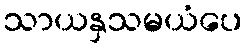
သာယနှသမယံပေ